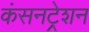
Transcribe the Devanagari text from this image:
कंसनट्रेशन